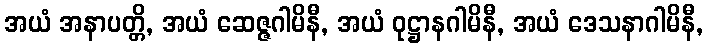
အယံ အနာပတ္တိ, အယံ ဆေဇ္ဇဂါမိနီ, အယံ ဝုဋ္ဌာနဂါမိနီ, အယံ ဒေသနာဂါမိနီ,